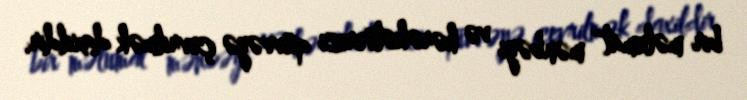
bir məlumat mənbəyi və hərəkətverici qüvvəyə çevrilmək daxildir.